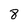
Character: 8